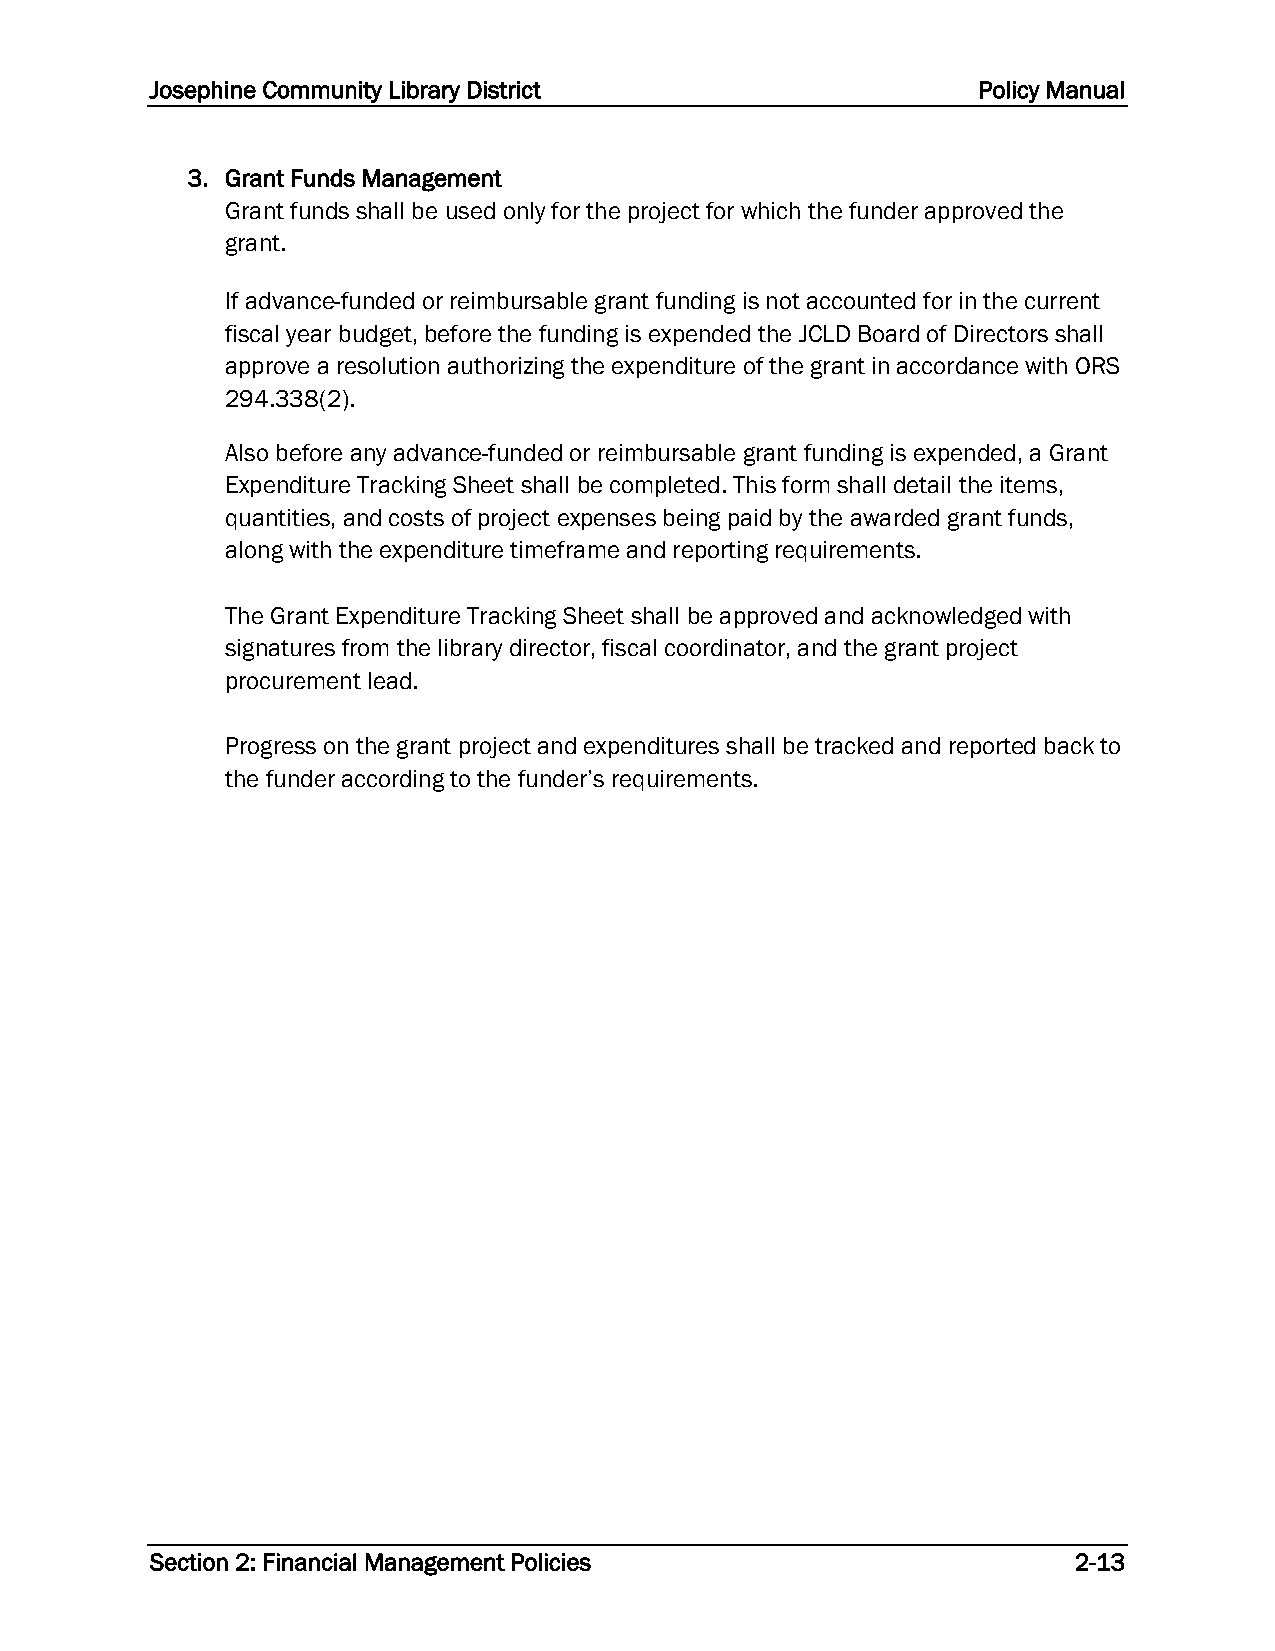
Josephine Community Library District                   Policy Manual
 3. Grant Funds Management
 Grant funds shall be used only for the project for which the funder approved the
 grant.
 If advance-funded or reimbursable grant funding is not accounted for in the current
 fiscal year budget, before the funding is expended the JCLD Board of Directors shall
 approve a resolution authorizing the expenditure of the grant in accordance with ORS
 294.338(2).
 Also before any advance-funded or reimbursable grant funding is expended, a Grant
 Expenditure Tracking Sheet shall be completed. This form shall detail the items,
 quantities, and costs of project expenses being paid by the awarded grant funds,
 along with the expenditure timeframe and reporting requirements.
 The Grant Expenditure Tracking Sheet shall be approved and acknowledged with
 signatures from the library director, fiscal coordinator, and the grant project
 procurement lead.
 Progress on the grant project and expenditures shall be tracked and reported back to
 the funder according to the funder’s requirements.
 Section 2: Financial Management Policies                     2-13